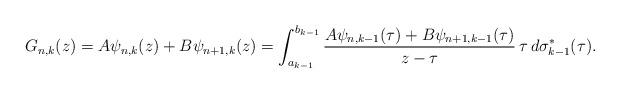
LaTeX: \begin{align*}G_{n,k}(z)=A\psi_{n,k}(z)+B\psi_{n+1,k}(z)=\int_{a_{k-1}}^{b_{k-1}}\frac{A\psi_{n,k-1}(\tau)+B\psi_{n+1,k-1}(\tau)}{z-\tau}\,\tau\,d\sigma_{k-1}^{*}(\tau).\end{align*}